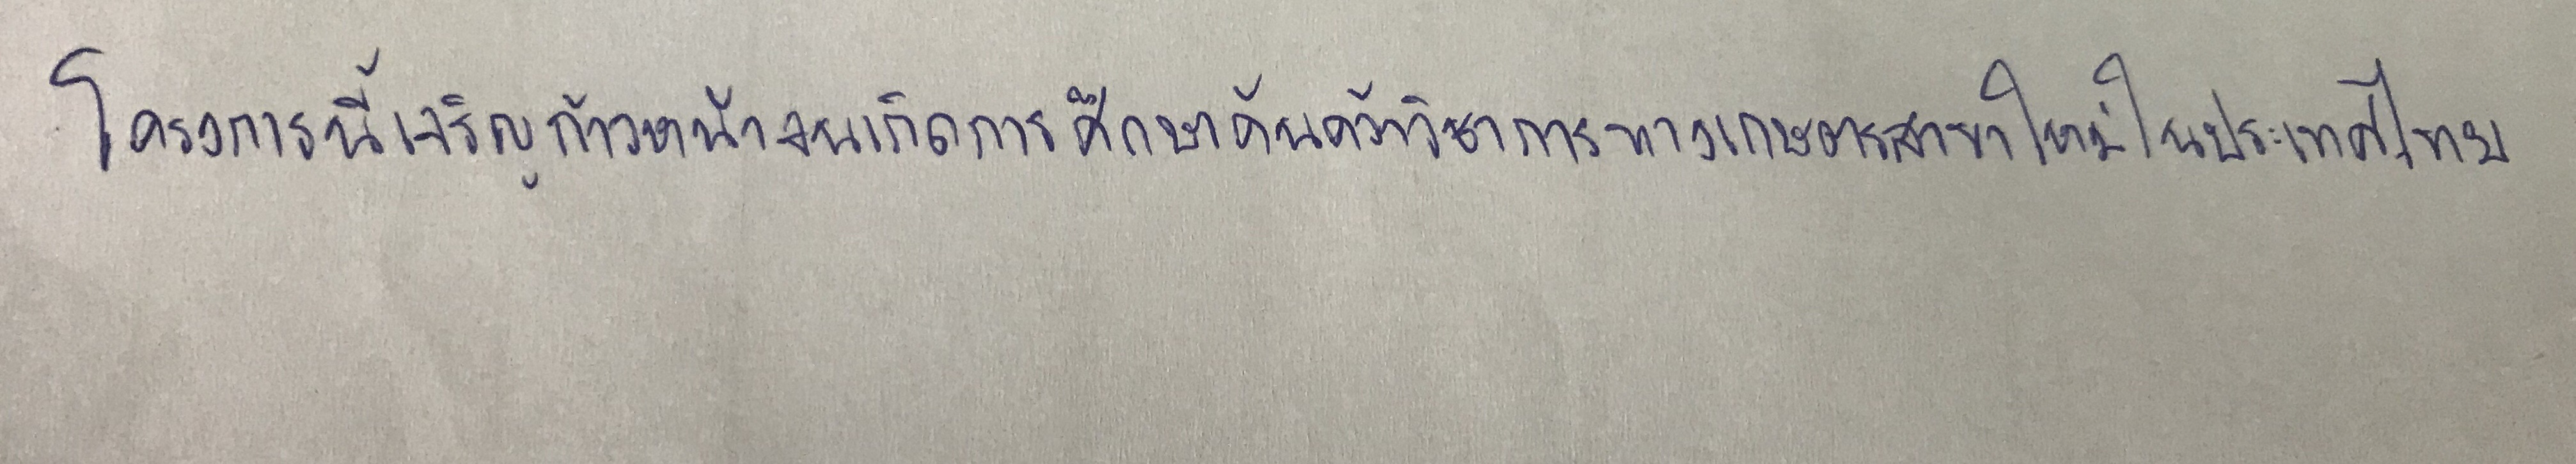
โครงการนี้เจริญก้าวหน้าจนเกิดการศึกษาค้นคว้าวิชาการทางเกษตรสาขาใหม่ในประเทศไทย